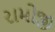
રામોજી